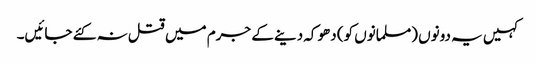
کہیں یہ دونوں (مسلمانوں کو) دھوکہ دینے کے جرم میں قتل نہ کئے جائیں۔